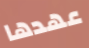
عهدها